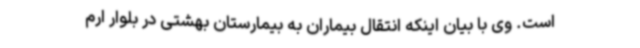
است. وی با بیان اینکه انتقال بیماران به بیمارستان بهشتی در بلوار ارم